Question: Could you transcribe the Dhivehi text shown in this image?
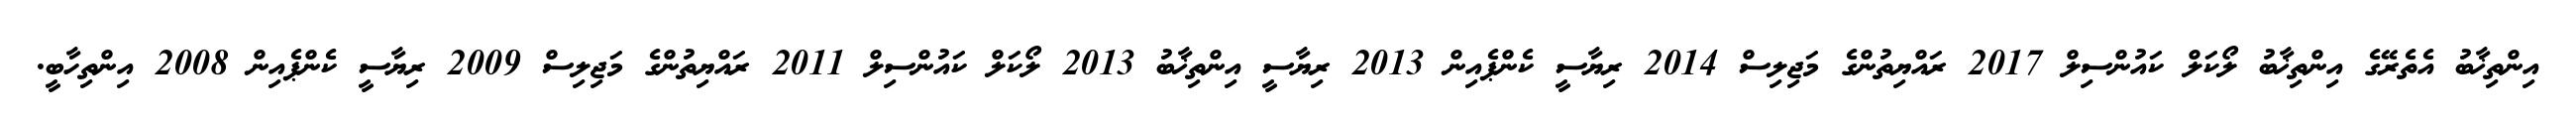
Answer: އިންތިޚާބު އެތެރޭގެ އިންތިޚާބު ލޯކަލް ކައުންސިލް 2017 ރައްޔިތުންގެ މަޖިލިސް 2014 ރިޔާސީ ކެންޕެއިން 2013 ރިޔާސީ އިންތިޚާބު 2013 ލޯކަލް ކައުންސިލް 2011 ރައްޔިތުންގެ މަޖިލިސް 2009 ރިޔާސީ ކެންޕެއިން 2008 އިންތިހާބީ.